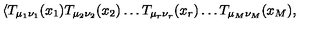
{ \langle T _ { \mu _ { 1 } \nu _ { 1 } } ( x _ { 1 } ) T _ { \mu _ { 2 } \nu _ { 2 } } ( x _ { 2 } ) \dots T _ { \mu _ { r } \nu _ { r } } ( x _ { r } ) \dots T _ { \mu _ { M } \nu _ { M } } ( x _ { M } ) , }